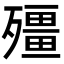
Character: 殭